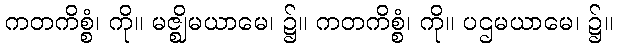
ကတကိစ္စံ၊ ကို။ မဇ္ဈိမယာမေ၊ ၌။ ကတကိစ္စံ၊ ကို။ ပဌမယာမေ၊ ၌။